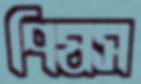
পিষস